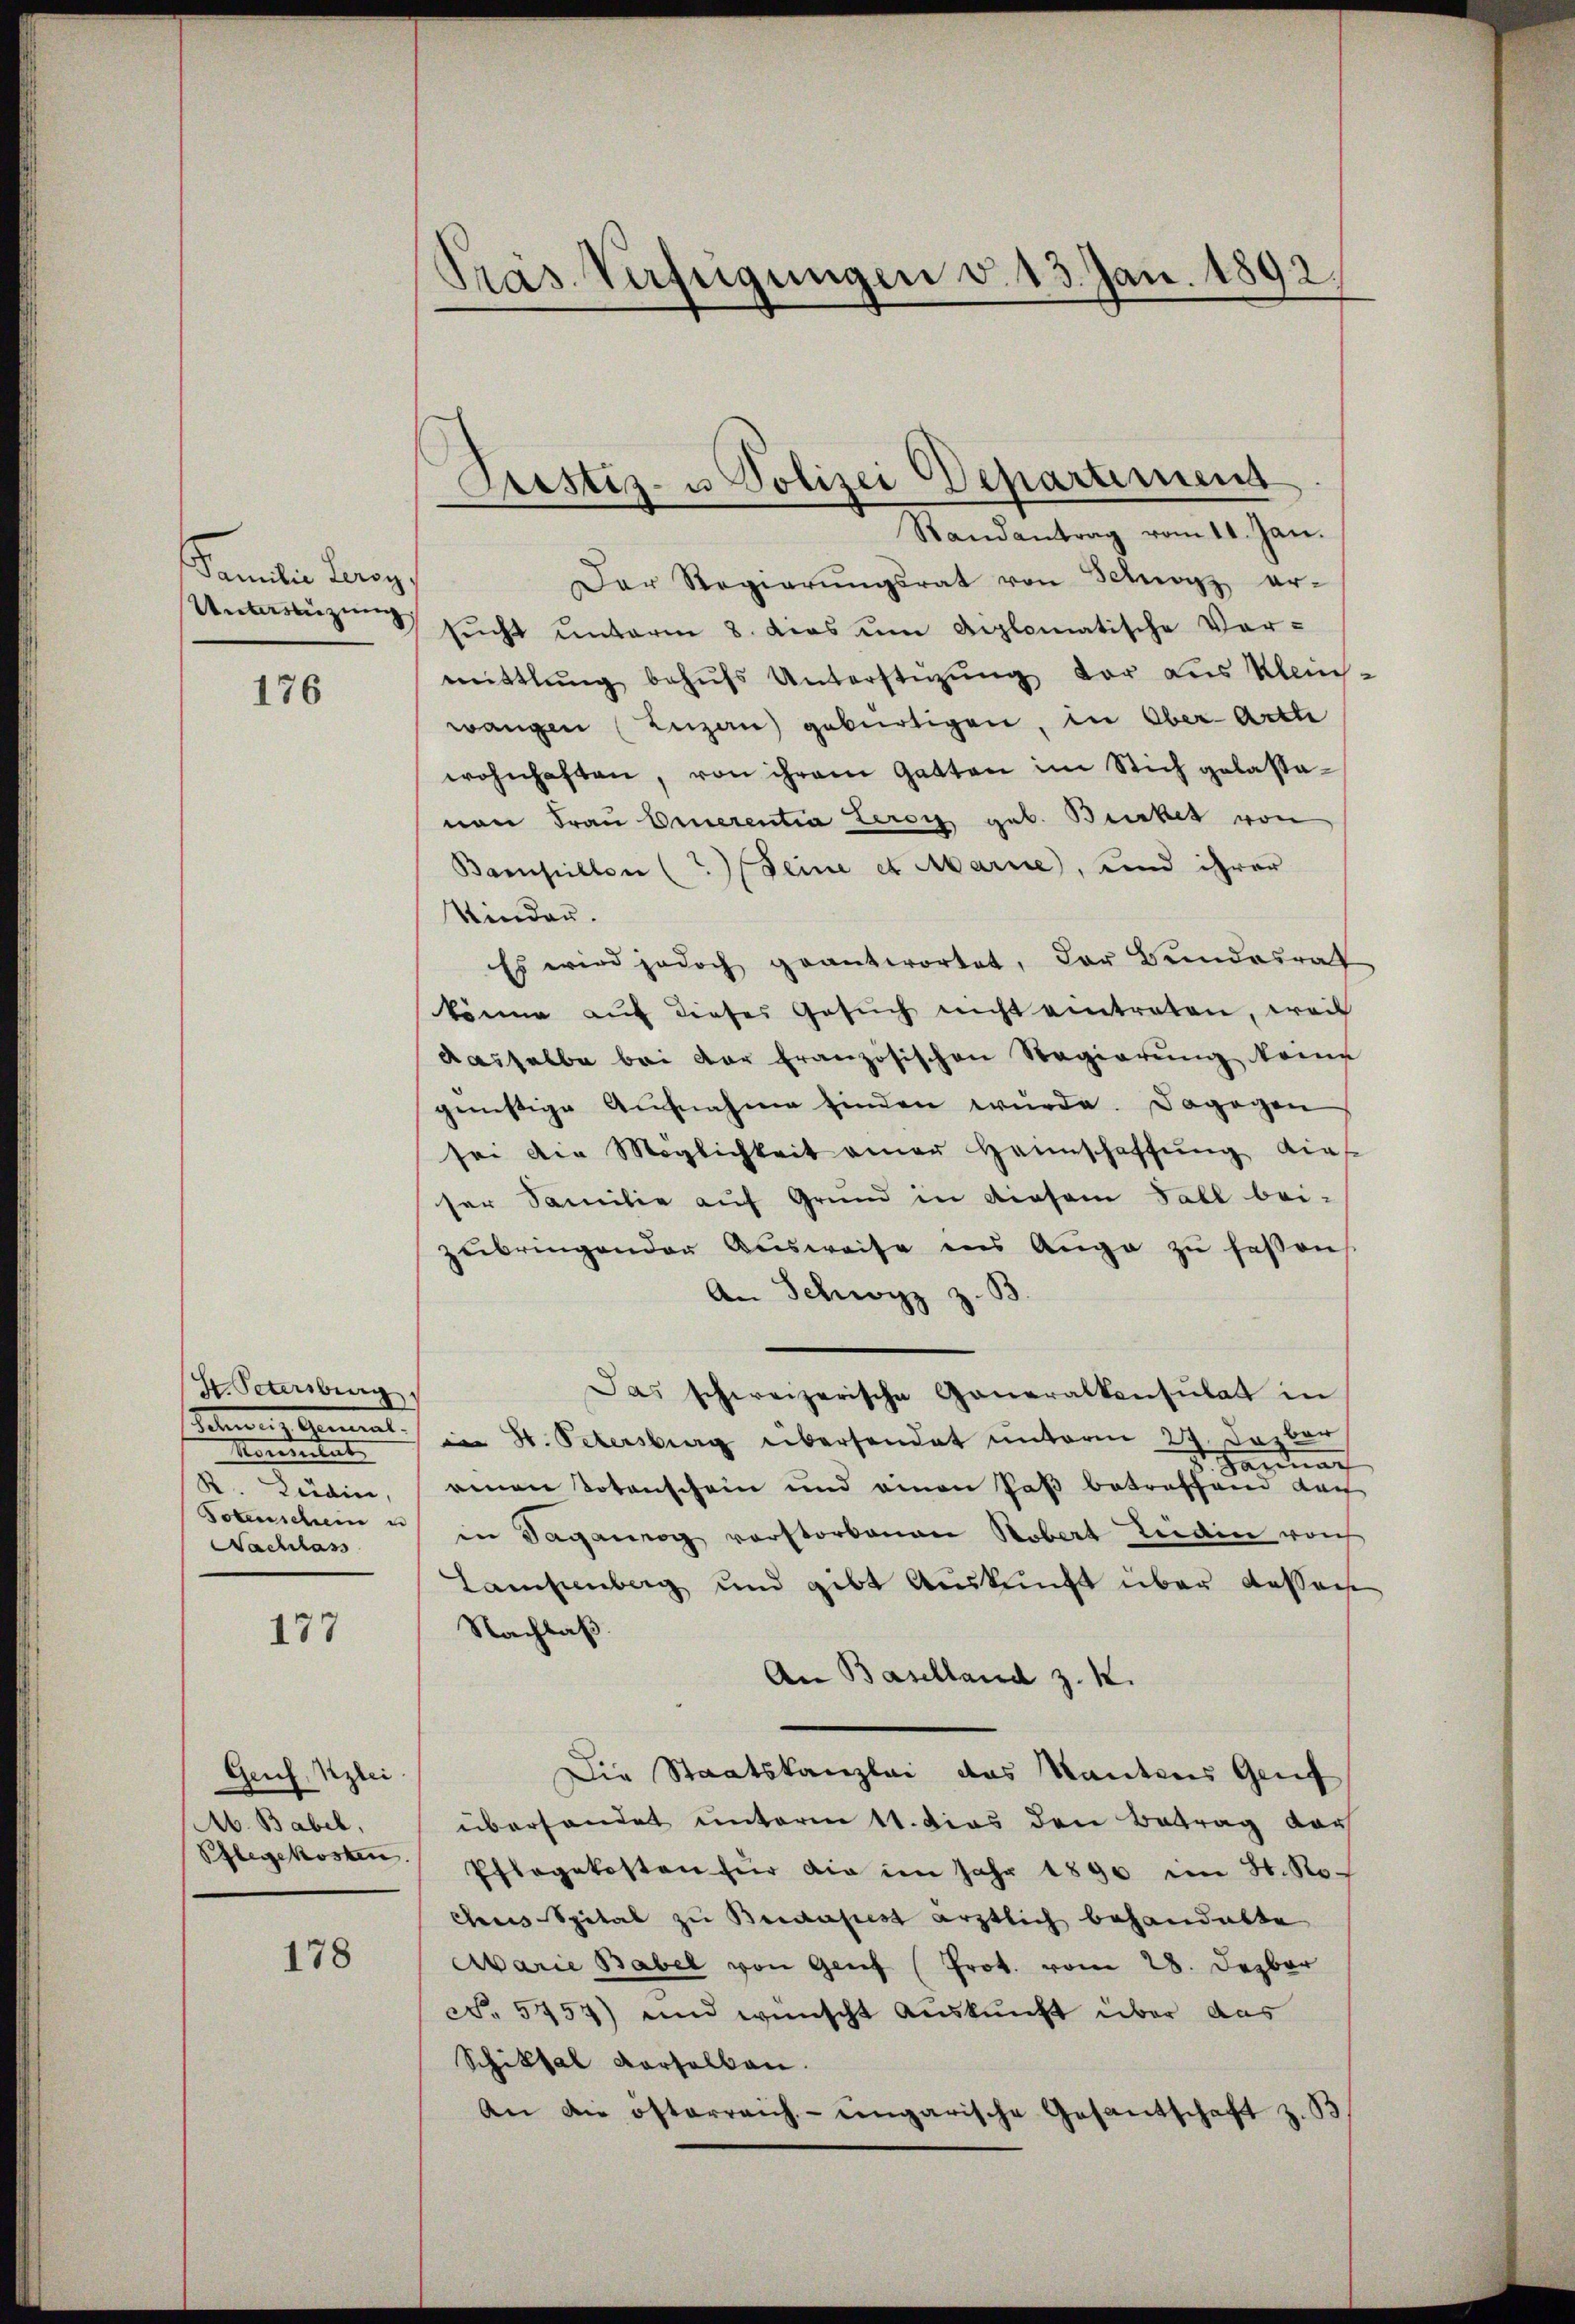
Familie Parag
Untanzung

176

H. Seinberg.
Sehen Mal.
e
R. Lüdin,
Totenschein u
Nachlass

177

Genf. Klei
A. Babel,
Pflegekosten.

178

Pras Verfügungen v. 13. Jan. 1892.

Justiz- u Polizei Departement
Randantrag vom 11. Jan.

Der Regierŭngsrat von Schwyz er-
sŭcht unterm 8. dies um diplomatische Ver-
mittlung behŭfs Unterstützŭng vor aus Klein-
wangen (Luzan) gebürtigen, in Ober-Arthe
wohnhaften, von ihrem Gatten im Stich gelastavon Frau Einerentia Leros geb. Birkes von
Bampillen (?) (Seine et Marie, und ihrer
Kinder.
Es wird jedoch geantwortet, der Bundesrat
könne auf dieser Gesŭch nicht eintreten, weil
Kasselbe bei der französischen Regierŭng kom
günstige Aufnahme finden wurde. Dagegen
sei die Möglichkeit aner Heimschaffŭng dies
ser Familie auf Grund in diesem Fall bei-
zŭbringender Aŭsweise ins Auge zŭ faßen
An Schwyz z. B
Das schweizerische Generalkonsulat in
in H. Petersburg übersendet unterm 27. Dazber
Hannach
einen Totenschein und einen Paß betreffend nach
in Sagang verstorbenen Robert Endin von
Lamsenberg und gibt Auskunft über dassens
Nachlaß
An Baselland z. K.
Die Staatskanzlei das Kantons Genf
überhandet unterm 11. dies den Betrag dar
Pflegekosten für die im Jahr 1890 im St. No-
cus Spital zu Budapest ärztlich behandelte
Marie Babel von Genf (Prot. vom 28. Dezbr
N. 5454) und wünscht Auskunft über das
Schiksal verselben.
An die österreich-ungarische Gesantschaft z. B